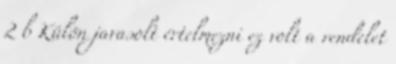
2 b Külön javasolt értelmezni ez volt a rendelet